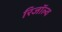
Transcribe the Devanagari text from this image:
रिजॉल्व